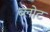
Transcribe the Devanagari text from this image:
ब्लोट